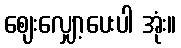
ဈေးလျှော့ပေးပါ အုံး။